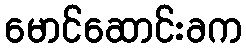
မောင်ဆောင်းခက